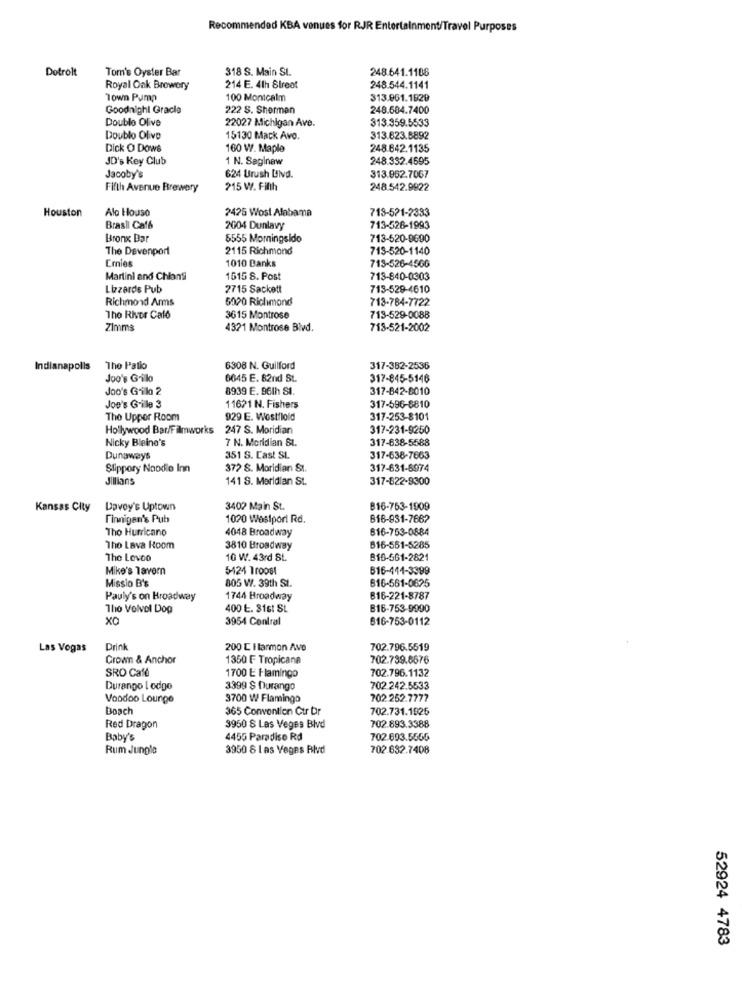
Recommended KBA venues for RJR Entertainment/Travel Purposes
Dotrolt
Tom's Oyster Bar
318 S. Main St.
248.641.1108
Royal Oak Brewery
214 E. 4th Street
248.544.1141
Town Pump
100 Montcalm
313.061.1920
Goodnight Gracie
222 S. Sherman
248.684.7400
Double Olive
22027 Michigan Ave.
313.359.5533
Doublo Olivo
15130 Mack Avo.
313.623.5892
Dick O DOWs
160 W. Maple
248.642.1135
JD's Key Club
1 N. Saginaw
248.332.4695
Jacoby's
624 Urush Blvd.
313.962.7067
Fifth Avenue Brewery
215 W. Fifth
248.542.9922
Houston
Alo Houso
713-521-2333
2425 Wost Alabama
Brasil Caf&
2004 Dunlavy
713-526-1993
Bronx Bar
5555 Morningsido
713-520-9690
The Davenport
2115 Richmond
713-520-1140
Ernies
1010 Banks
713-526-4566
Martini and Chionsi
1515 8. Post
713-840-0303
Lizzards Pub
2715 Sackett
713-529-4610
Richmond Arms
5020 Richmond
713-784-7722
The River Calo
3615 Montrose
713-529-0088
Zimma
4321 Montrose Blvd.
713-521-2002
Indianapolis
The Patio
6308 N. Guilford
317-382-2536
Joo's Grilo
6645 E. 82nd St.
317-845-5146
Joo's Grilo 2
8939 E. 96th St.
317-842-8010
Joe's Grille 3
11621 N. Fishers
317-596-8810
The Upper Room
929 E. Westfloid
317-253-8101
Hollywood Bar/Filmworks
247 S. Moridian
317-231-9250
Nicky Bleine's
7 N. Meridian St.
317-638-5588
Dunaways
351 S. Cast SL
317-638-7663
Slippery Noodle Inn
372 S. Moridian St.
317-631-6974
Jillians
141 S. Meridian St.
317-822-9300
Kansas City
Lavoy's Uptown
3402 Main St.
816-763-1909
Finnigan's Pub
1020 Westport Rd.
816-931-7662
Tho Hurricano
4048 Broadway
816-753-0884
Tho Lava Room
3810 Broadway
B16-551-5285
The Levoo
10 W. 43rd St.
816-561-2821
Mike's Tavern
5424 Troost
616-441-3399
Missio B's
816-561-0625
805 W. 39th St.
Pauly's on Broadway
1744 Broadway
B16-221-8787
Tho Volvol Dog
400 E. 31st St.
B16-753-9990
x0
3954 Central
616-753-0112
Las Vegas
Drink
200 C I tarmon Ave
702.796.5519
Crown & Anchor
1350 F Tropicana
702.739.6676
SRO Café
702.796.1132
1700 E Flamingo
Durango I odge
3399 $ Durango
702.242.5533
Voodoo Lounge
3700 W Flamingo
702 252.7777
Boach
365 Convention Ctr Dr
702.731.1925
Red Dragon
3950 S Las Vegas Blvd
702.893.3388
Baby's
4455 Paradise Rd
702.693.5555
Rum Jungle
3950 8 las Vegas Blvd
702.632.7408
52924 4783